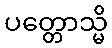
ပတ္တောသ္မိ